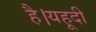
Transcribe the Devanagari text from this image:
है।यहूदी